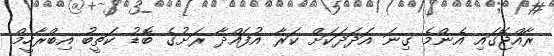
ރާއްޖޭގައި އެންމެ ގިނަ އަދަދަކަށް ކަރާ އުފައްދާ ރަށުގެ ބޮޑު ކަތީބު އިބްރާހީމް